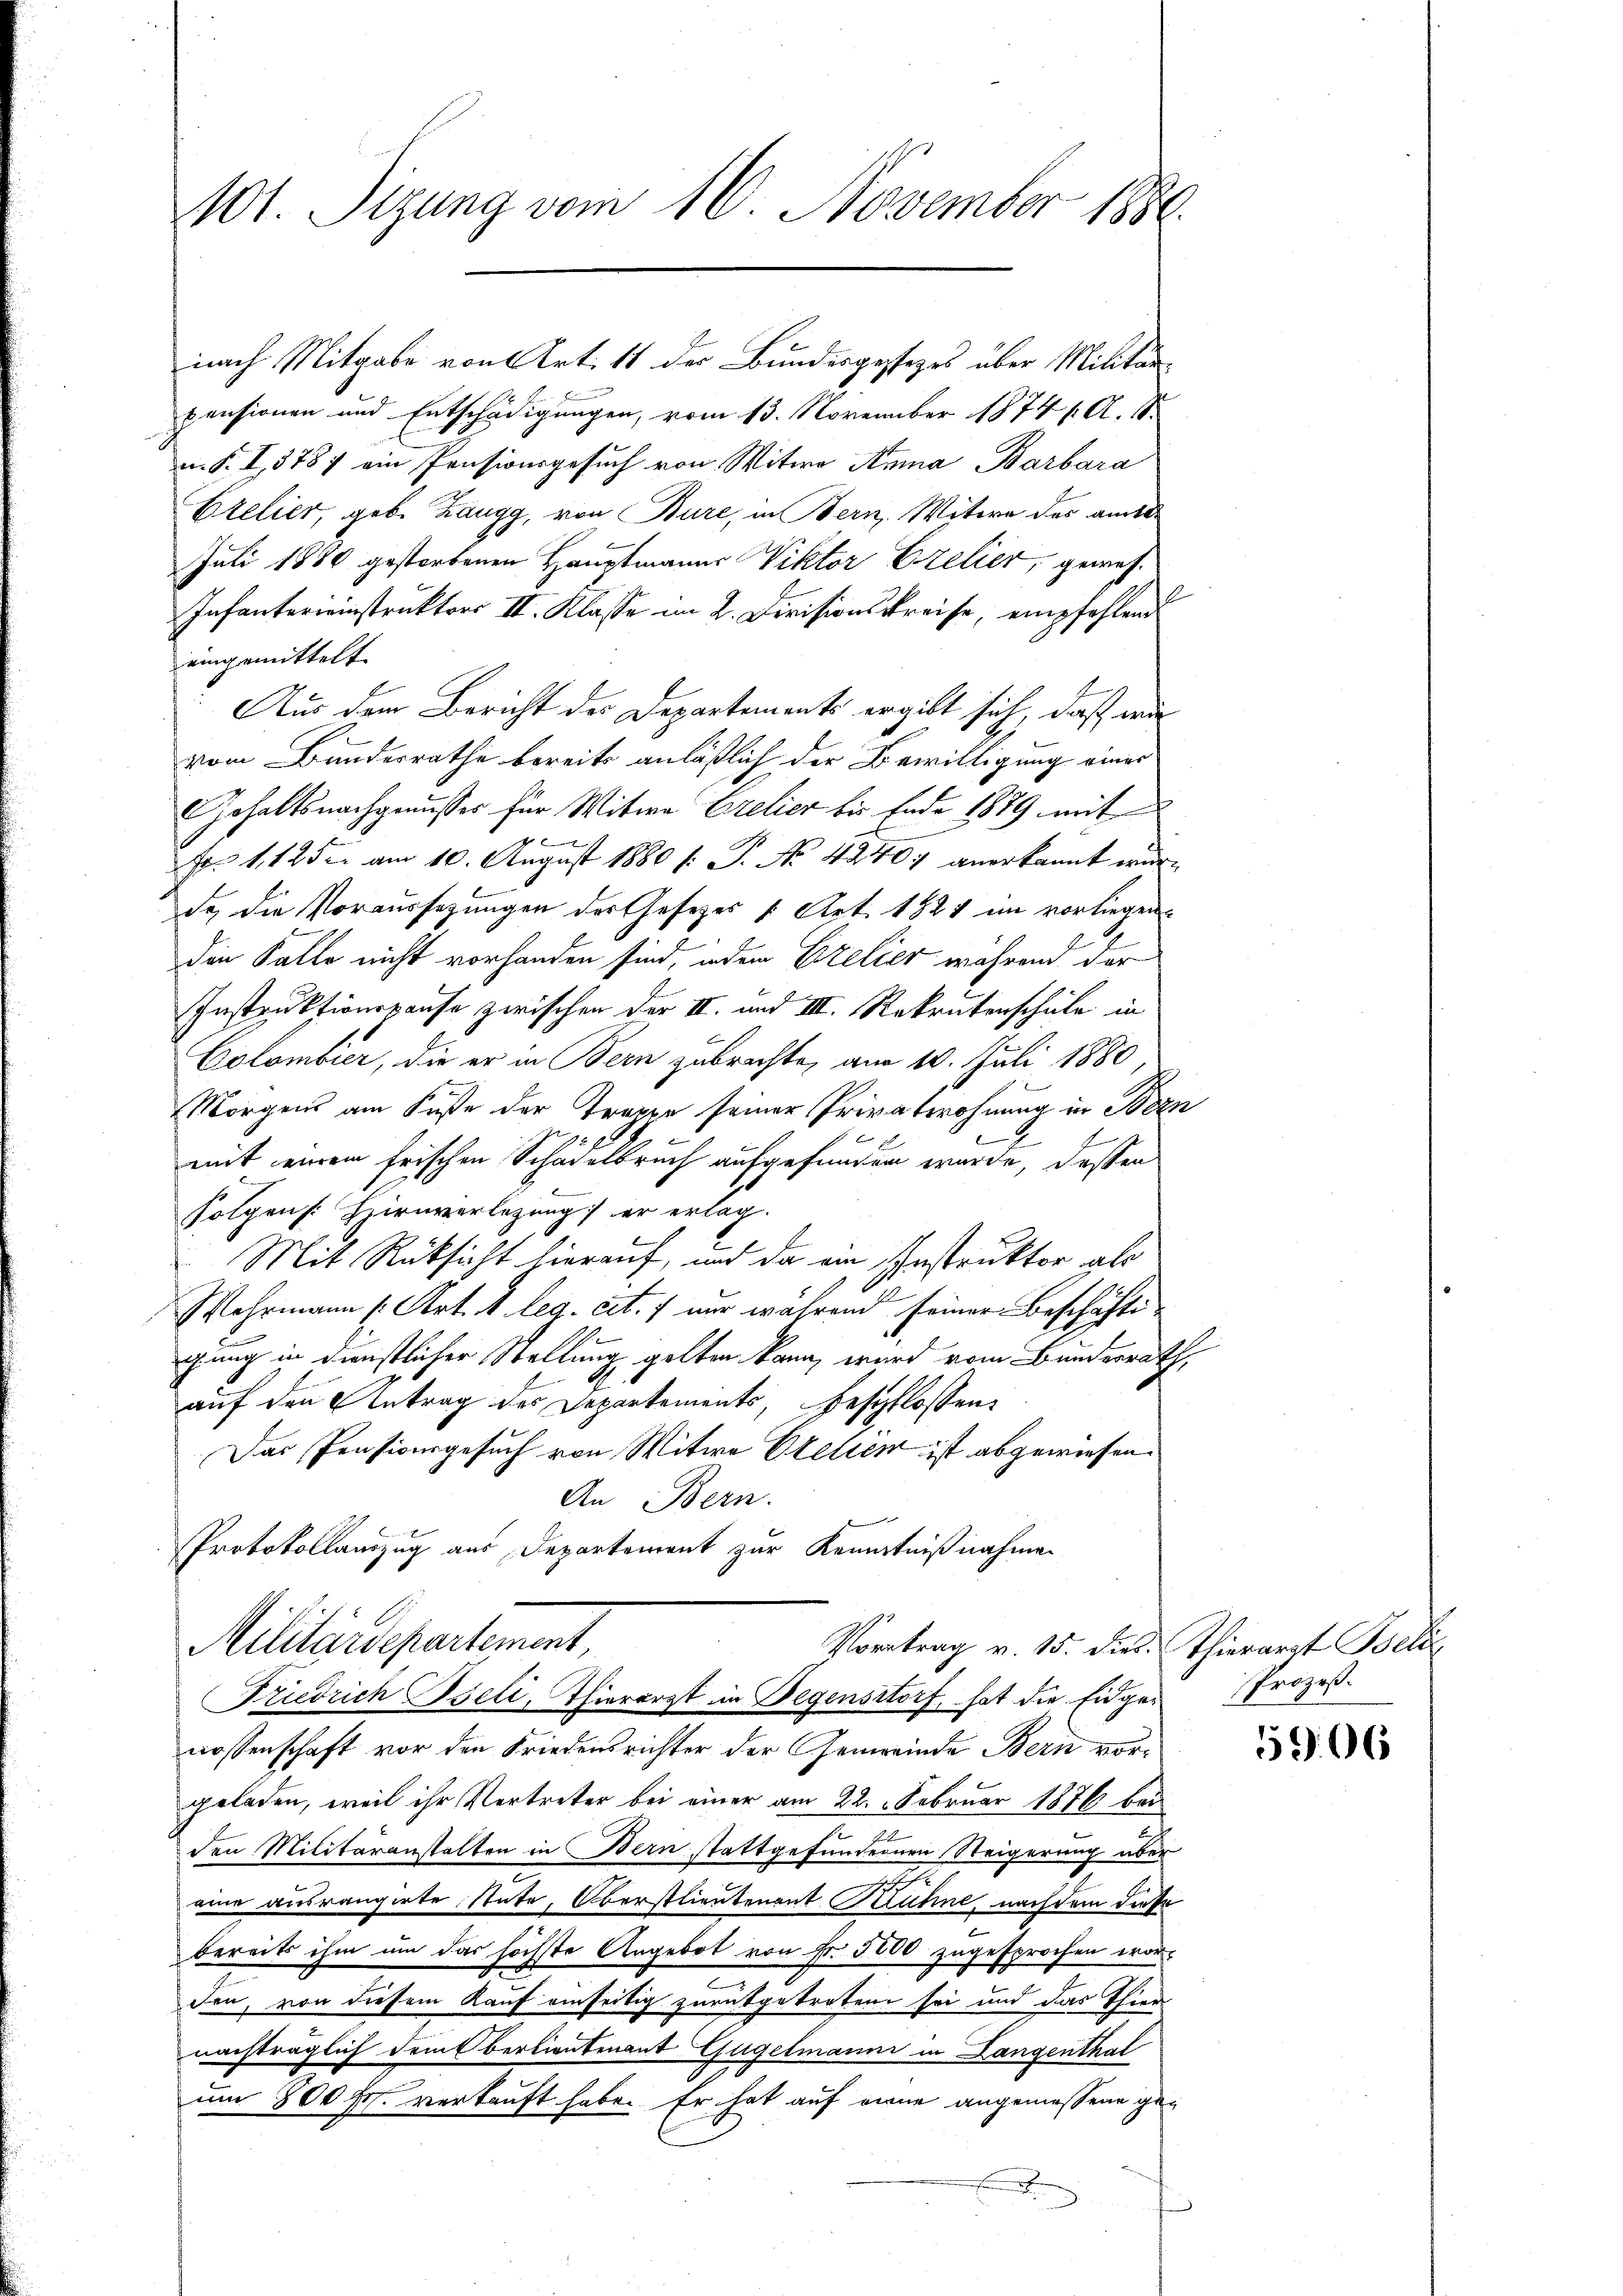
101. Sizung vom 16. November 1880.

nach Mitgabe von Art. 11 der Bundesgestezes über Militärpensionen und Entschädigungen, vom 13. November 1874 f. A. S.
m. S. I, 3787 ein Pensionsgesuch von Witwe Anna Barbara
Erelier, geb. Zangg, von Bure, in Bern, Mitere des amtl
Juli 1880 gestorbenen Hauptmanns Viktor Ezelier, gewes¬
Infantereinstruktors II. Klasse im 2. Divisionskreise, empfehlend
eingemittelt.
E
Aus dem Bericht des Departements ergibt sich, daß wir
vom Bundesrathe bereits anläßlich der Bewilligung eines
Gehaltsnachgenusser für Witwe Crelier bis Ende 1889 mit
1
Fr. 1125 u. am 10. August 1880 (: P. No 42407 anerkannt wurda die Voraussetzungen der Gesetzes u. Art. 1821 im vorliegen
die Falle nicht vorhanden sind, oder Erelier während der
Instruktionspause zwischen der II. und III. Rekrutenschule in
Colombier, die er in Bern zubrechte, am 10. Juli 1880,
Morgens am Fuße der Tragen seiner Privatwohnung in Bez
mit einem frischen Schädelbruch aufgefunden wurde, deßen
folgen. Hirnverlegung er erlag.
Mit Rücksicht hierauf, und da ein Instruktor als
Wehrmann (Art. 1. leg. cit. 7 nur während seiner Beschäfte
gung in dienstlicher Stellung gelten kann, wird vom Bundesrath
auf den Antrag des Departements, beschlossen:
Das Pensionsgesuch von Mitwe Otelien ist abgewiesen.
An Bern.
Protokollauszug aus Departement zur Kenntnißnahmen
Militärdepartement,
Vortrag v. 15. dies Thierarzt Beli
Friedrich Iseli, Thierarzt in Degensstorf, hat die Eidgen Prozeßnossenschaft vor den Friedensrichter der Gemeinde Bern vorgeladen, weil ihr Vertreter bei einer am 22. Februar 1876 bei
den Militäranstalten in Bern stattgefundernen Steigerung über
eine ausrangirte state, Oberstlieutenant Kuhne, nachdem diese
bereits ihm um das höchste Angebot von Fr. 3000 zugesprochen wor-
den, von diesem Kauf einseitig zurückgetreten sei und das Thier
nachträglich dem bertientenant Gügelmann in Langenthal
um 300 fr. verkauft habe. Er hat auf eine angemessene ge¬

9

5906